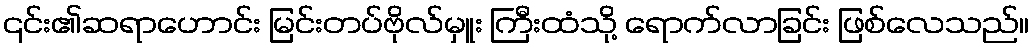
၎င်း၏ဆရာဟောင်း မြင်းတပ်ဗိုလ်မှူး ကြီးထံသို့ ရောက်လာခြင်း ဖြစ်လေသည်။